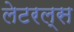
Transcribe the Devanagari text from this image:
लेटरल्स